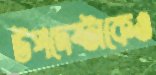
উপদেষ্টাকেও